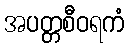
အပတ္တစီဝရကံ